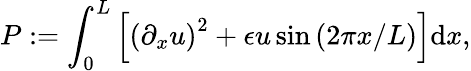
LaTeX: P:=\int_{0}^{L}\left[\left(\partial_{x}u\right)^{2}+\epsilon u\sin{\left(2\pi x/L\right)}\right]\mathrm{d}x,